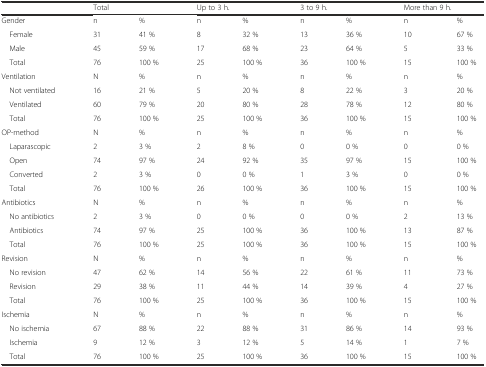
<table><thead><tr><td></td><td colspan="2"><b>Total</b></td><td colspan="2"><b>Up to 3 h.</b></td><td colspan="2"><b>3 to 9 h.</b></td><td colspan="2"><b>More than 9 h.</b></td></tr></thead><tbody><tr><td>Gender</td><td>n</td><td>%</td><td>n</td><td>%</td><td>n</td><td>%</td><td>n</td><td>%</td></tr><tr><td> Female</td><td>31</td><td>41 %</td><td>8</td><td>32 %</td><td>13</td><td>36 %</td><td>10</td><td>67 %</td></tr><tr><td> Male</td><td>45</td><td>59 %</td><td>17</td><td>68 %</td><td>23</td><td>64 %</td><td>5</td><td>33 %</td></tr><tr><td> Total</td><td>76</td><td>100 %</td><td>25</td><td>100 %</td><td>36</td><td>100 %</td><td>15</td><td>100 %</td></tr><tr><td>Ventilation</td><td>N</td><td>%</td><td>n</td><td>%</td><td>n</td><td>%</td><td>n</td><td>%</td></tr><tr><td> Not ventilated</td><td>16</td><td>21 %</td><td>5</td><td>20 %</td><td>8</td><td>22 %</td><td>3</td><td>20 %</td></tr><tr><td> Ventilated</td><td>60</td><td>79 %</td><td>20</td><td>80 %</td><td>28</td><td>78 %</td><td>12</td><td>80 %</td></tr><tr><td> Total</td><td>76</td><td>100 %</td><td>25</td><td>100 %</td><td>36</td><td>100 %</td><td>15</td><td>100 %</td></tr><tr><td>OP-method</td><td>N</td><td>%</td><td>n</td><td>%</td><td>n</td><td>%</td><td>n</td><td>%</td></tr><tr><td> Laparascopic</td><td>2</td><td>3 %</td><td>2</td><td>8 %</td><td>0</td><td>0 %</td><td>0</td><td>0 %</td></tr><tr><td> Open</td><td>74</td><td>97 %</td><td>24</td><td>92 %</td><td>35</td><td>97 %</td><td>15</td><td>100 %</td></tr><tr><td> Converted</td><td>2</td><td>3 %</td><td>0</td><td>0 %</td><td>1</td><td>3 %</td><td>0</td><td>0 %</td></tr><tr><td> Total</td><td>76</td><td>100 %</td><td>26</td><td>100 %</td><td>36</td><td>100 %</td><td>15</td><td>100 %</td></tr><tr><td>Antibiotics</td><td>N</td><td>%</td><td>n</td><td>%</td><td>n</td><td>%</td><td>n</td><td>%</td></tr><tr><td> No antibiotics</td><td>2</td><td>3 %</td><td>0</td><td>0 %</td><td>0</td><td>0 %</td><td>2</td><td>13 %</td></tr><tr><td> Antibiotics</td><td>74</td><td>97 %</td><td>25</td><td>100 %</td><td>36</td><td>100 %</td><td>13</td><td>87 %</td></tr><tr><td> Total</td><td>76</td><td>100 %</td><td>25</td><td>100 %</td><td>36</td><td>100 %</td><td>15</td><td>100 %</td></tr><tr><td>Revision</td><td>N</td><td>%</td><td>n</td><td>%</td><td>n</td><td>%</td><td>n</td><td>%</td></tr><tr><td> No revision</td><td>47</td><td>62 %</td><td>14</td><td>56 %</td><td>22</td><td>61 %</td><td>11</td><td>73 %</td></tr><tr><td> Revision</td><td>29</td><td>38 %</td><td>11</td><td>44 %</td><td>14</td><td>39 %</td><td>4</td><td>27 %</td></tr><tr><td> Total</td><td>76</td><td>100 %</td><td>25</td><td>100 %</td><td>36</td><td>100 %</td><td>15</td><td>100 %</td></tr><tr><td>Ischemia</td><td>N</td><td>%</td><td>n</td><td>%</td><td>n</td><td>%</td><td>n</td><td>%</td></tr><tr><td> No ischemia</td><td>67</td><td>88 %</td><td>22</td><td>88 %</td><td>31</td><td>86 %</td><td>14</td><td>93 %</td></tr><tr><td> Ischemia</td><td>9</td><td>12 %</td><td>3</td><td>12 %</td><td>5</td><td>14 %</td><td>1</td><td>7 %</td></tr><tr><td> Total</td><td>76</td><td>100 %</td><td>25</td><td>100 %</td><td>36</td><td>100 %</td><td>15</td><td>100 %</td></tr></tbody></table>